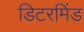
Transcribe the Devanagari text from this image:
डिटरमिंड